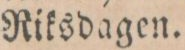
Riksdagen.